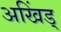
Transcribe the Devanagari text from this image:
अखिंड्